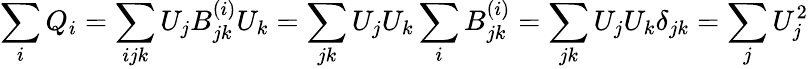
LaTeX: \sum_{i}Q_{i}=\sum_{ijk}U_{j}B_{jk}^{(i)}U_{k}=\sum_{jk}U_{j}U_{k}\sum_{i}B_{jk}^{(i)}=\sum_{jk}U_{j}U_{k}\delta_{jk}=\sum_{j}U_{j}^{2}